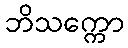
ဘိသက္ကော